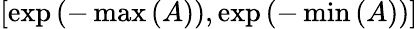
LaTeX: \left[\exp\left(-\operatorname*{max}\left(A\right)\right),\exp\left(-\operatorname*{min}\left(A\right)\right)\right]